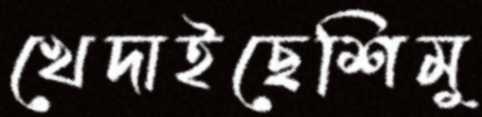
খেদাইছেশিমু